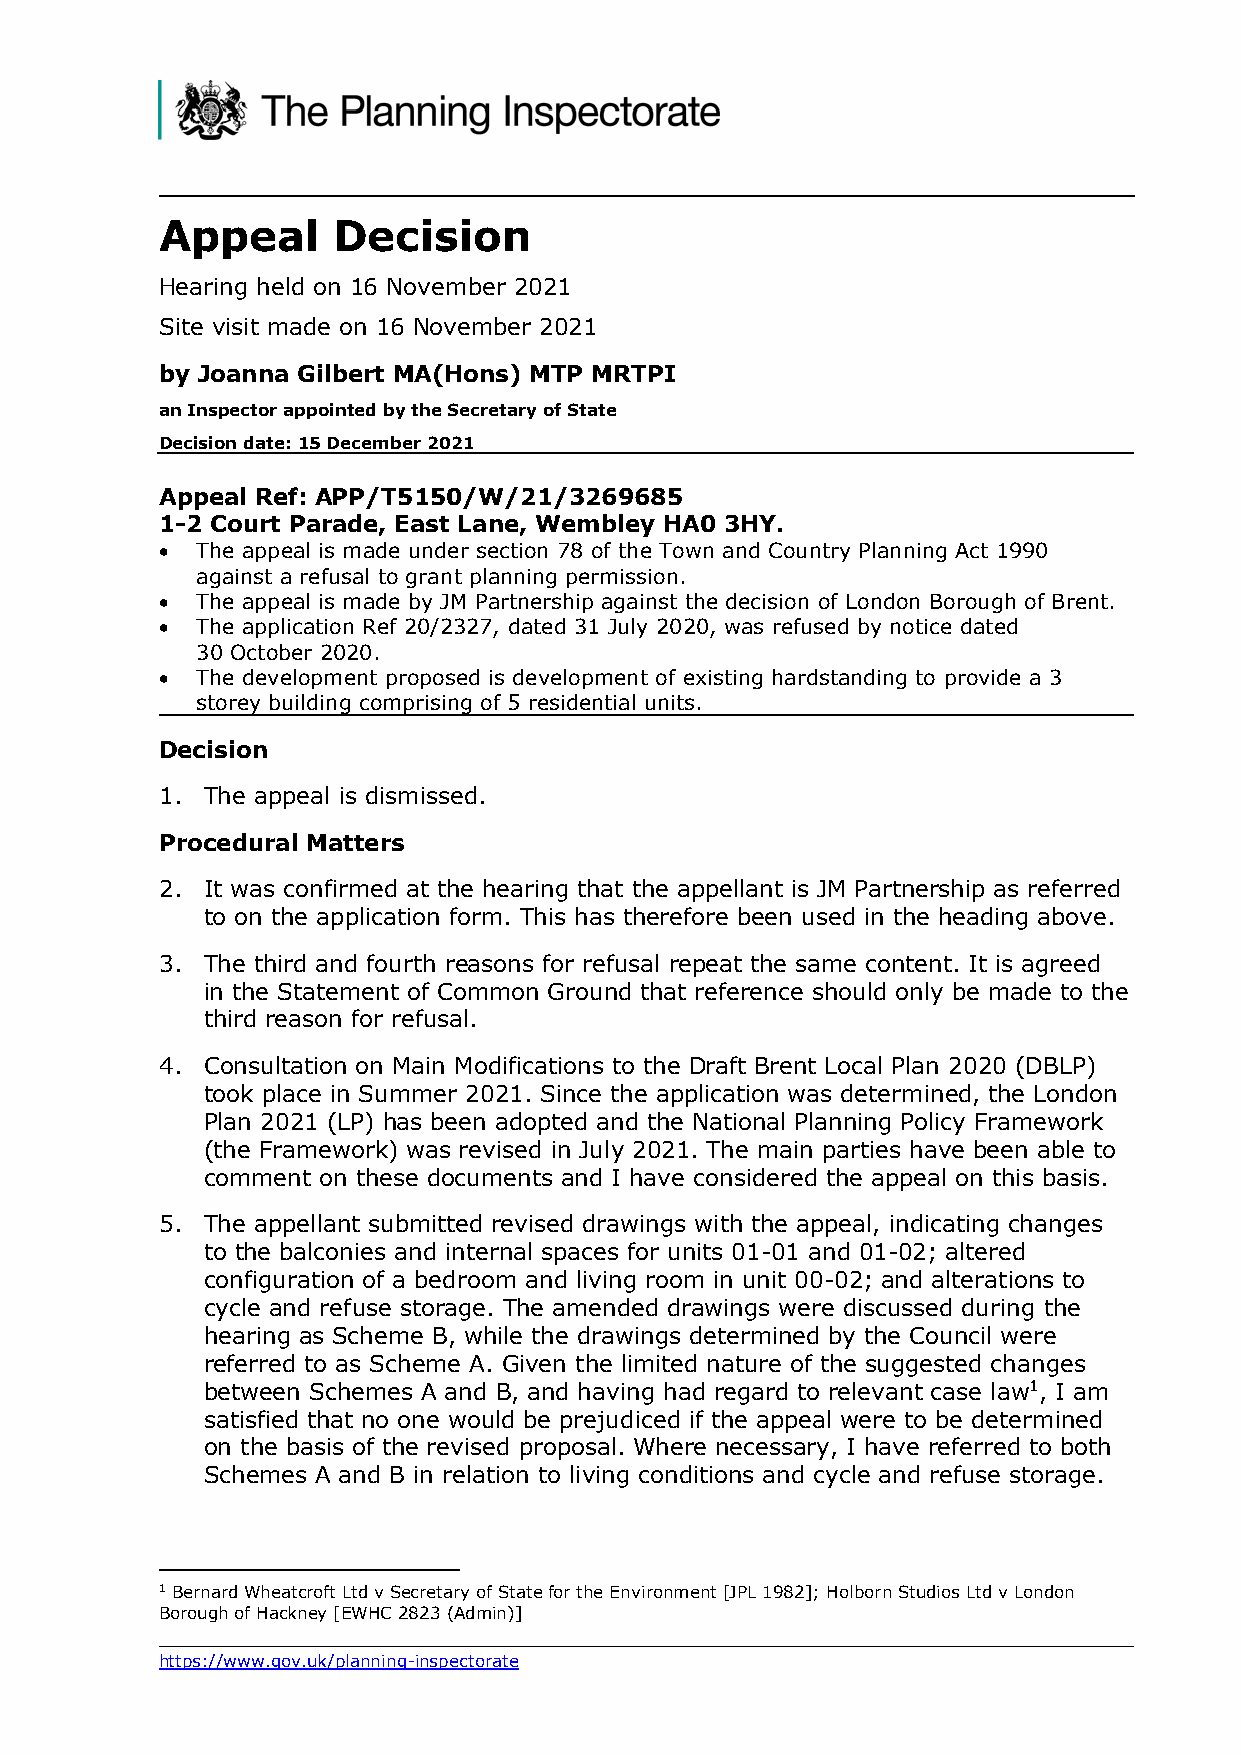
Appeal     Decision
 Hearing held on 16 November 2021
 Site visit made on 16 November 2021
 by Joanna Gilbert MA(Hons) MTP MRTPI
 an Inspector appointed by the Secretary of State
 Decision date: 15 December 2021
 Appeal Ref: APP/T5150/W/21/3269685
 1-2 Court Parade, East Lane, Wembley HA0 3HY.
 • The appeal is made under section 78 of the Town and Country Planning Act 1990
 against a refusal to grant planning permission.
 • The appeal is made by JM Partnership against the decision of London Borough of Brent.
 • The application Ref 20/2327, dated 31 July 2020, was refused by notice dated
 30 October 2020.
 • The development proposed is development of existing hardstanding to provide a 3
 storey building comprising of 5 residential units.
 Decision
 1. The appeal is dismissed.
 Procedural Matters
 2. It was confirmed at the hearing that the appellant is JM Partnership as referred
 to on the application form. This has therefore been used in the heading above.
 3. The third and fourth reasons for refusal repeat the same content. It is agreed
 in the Statement of Common Ground that reference should only be made to the
 third reason for refusal.
 4. Consultation on Main Modifications to the Draft Brent Local Plan 2020 (DBLP)
 took place in Summer 2021. Since the application was determined, the London
 Plan 2021 (LP) has been adopted and the National Planning Policy Framework
 (the Framework) was revised in July 2021. The main parties have been able to
 comment on these documents and I have considered the appeal on this basis.
 5. The appellant submitted revised drawings with the appeal, indicating changes
 to the balconies and internal spaces for units 01-01 and 01-02; altered
 configuration of a bedroom and living room in unit 00-02; and alterations to
 cycle and refuse storage. The amended drawings were discussed during the
 hearing as Scheme B, while the drawings determined by the Council were
 referred to as Scheme A. Given the limited nature of the suggested changes
 between Schemes A and B, and having had regard to relevant case law1, I am
 satisfied that no one would be prejudiced if the appeal were to be determined
 on the basis of the revised proposal. Where necessary, I have referred to both
 Schemes A and B in relation to living conditions and cycle and refuse storage.
 1 Bernard Wheatcroft Ltd v Secretary of State for the Environment [JPL 1982]; Holborn Studios Ltd v London
 Borough of Hackney [EWHC 2823 (Admin)]
 https://www.gov.uk/planning-inspectorate